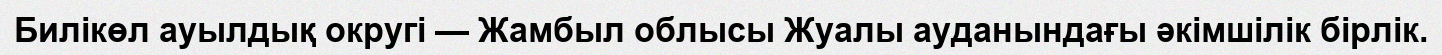
Билікөл ауылдық округі — Жамбыл облысы Жуалы ауданындағы әкімшілік бірлік.